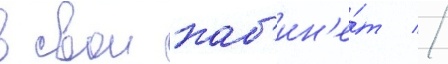
в свои каб'ин'е́т //